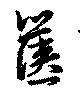
篋